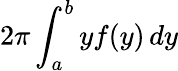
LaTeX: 2\pi\int_{a}^{b}yf(y)\, dy